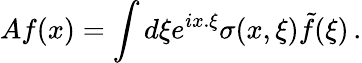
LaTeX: Af(x)=\int d\xi e^{ix.\xi}\sigma(x,\xi)\tilde{f}(\xi)\, .